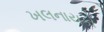
ખલનાયકો